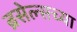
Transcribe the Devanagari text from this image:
ब्रसेल्सच्या